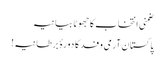
ضمنی انتخاب کاجھوٹا بیانیہ
پاکستان آرمی وفد کا دورۂ برطانیہ!